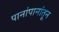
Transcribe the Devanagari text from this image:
पानांपानांतून